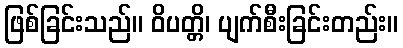
ဖြစ်ခြင်းသည်။ ဝိပတ္တိ၊ ပျက်စီးခြင်းတည်း။